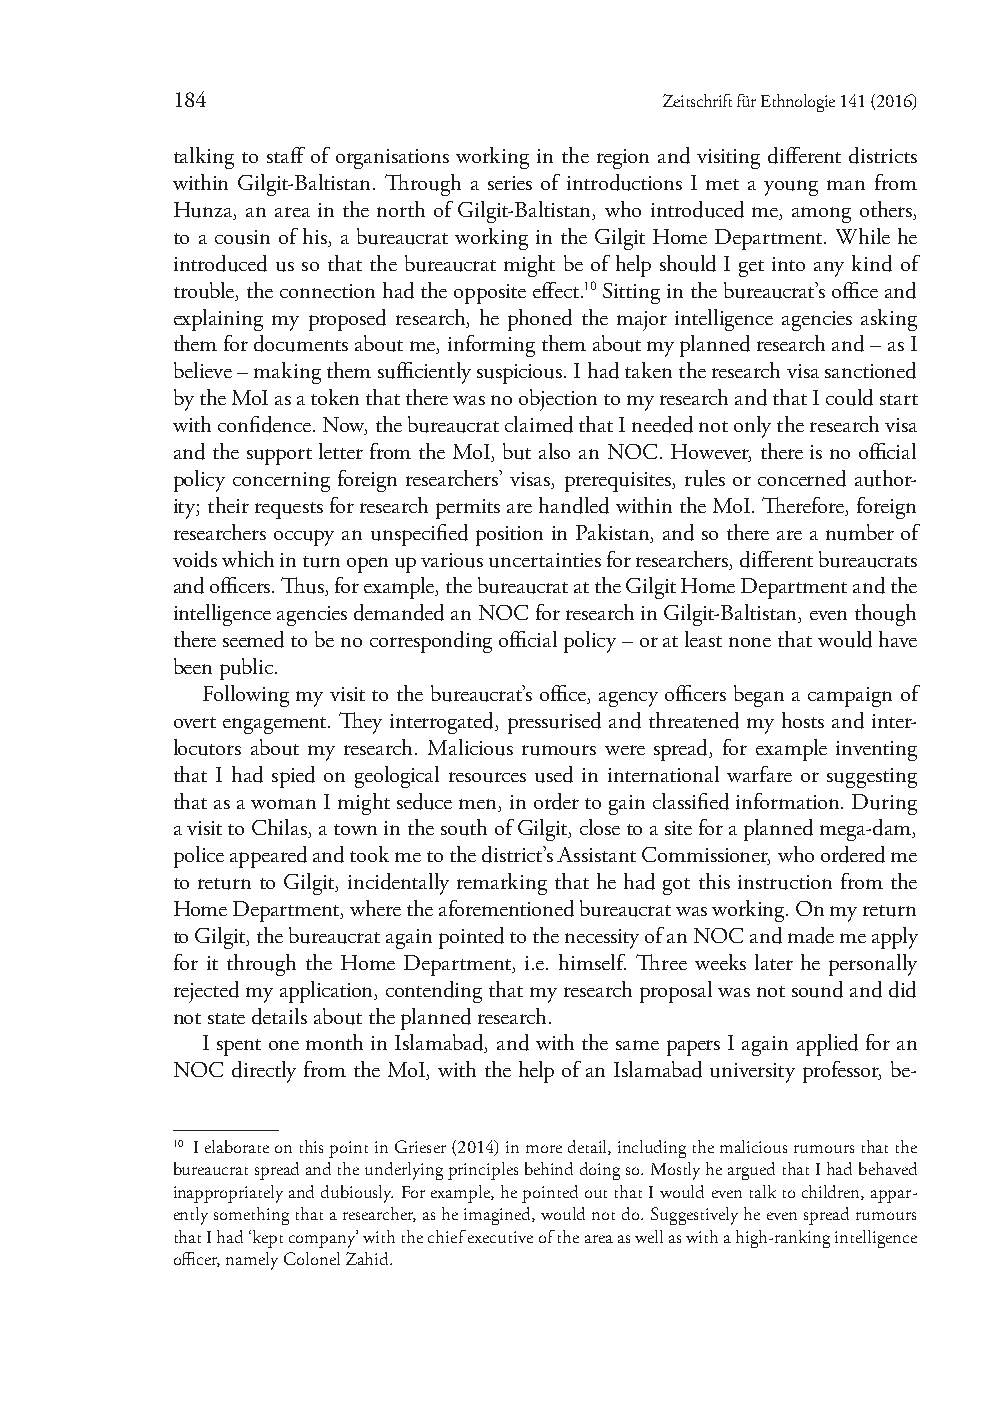
184                              Zeitschrift für Ethnologie 141 (2016)
 talking to staff of organisations working in the region and visiting different districts
 within Gilgit-Baltistan. Through a series of introductions I met a young man from
 Hunza, an area in the north of Gilgit-Baltistan, who introduced me, among others,
 to a cousin of his, a bureaucrat working in the Gilgit Home Department. While he
 introduced us so that the bureaucrat might be of help should I get into any kind of
 trouble, the connection had the opposite effect.10 Sitting in the bureaucrat’s office and
 explaining my proposed research, he phoned the major intelligence agencies asking
 them for documents about me, informing them about my planned research and – as I
 believe – making them sufficiently suspicious. I had taken the research visa sanctioned
 by the MoI as a token that there was no objection to my research and that I could start
 with confidence. Now, the bureaucrat claimed that I needed not only the research visa
 and the support letter from the MoI, but also an NOC. However, there is no official
 policy concerning foreign researchers’ visas, prerequisites, rules or concerned author-
 ity; their requests for research permits are handled within the MoI. Therefore, foreign
 researchers occupy an unspecified position in Pakistan, and so there are a number of
 voids which in turn open up various uncertainties for researchers, different bureaucrats
 and officers. Thus, for example, the bureaucrat at the Gilgit Home Department and the
 intelligence agencies demanded an NOC for research in Gilgit-Baltistan, even though
 there seemed to be no corresponding official policy – or at least none that would have
 been public.
 Following my visit to the bureaucrat’s office, agency officers began a campaign of
 overt engagement. They interrogated, pressurised and threatened my hosts and inter-
 locutors about my research. Malicious rumours were spread, for example inventing
 that I had spied on geological resources used in international warfare or suggesting
 that as a woman I might seduce men, in order to gain classified information. During
 a visit to Chilas, a town in the south of Gilgit, close to a site for a planned mega-dam,
 police appeared and took me to the district’s Assistant Commissioner, who ordered me
 to return to Gilgit, incidentally remarking that he had got this instruction from the
 Home Department, where the aforementioned bureaucrat was working. On my return
 to Gilgit, the bureaucrat again pointed to the necessity of an NOC and made me apply
 for it through the Home Department, i.e. himself. Three weeks later he personally
 rejected my application, contending that my research proposal was not sound and did
 not state details about the planned research.
 I spent one month in Islamabad, and with the same papers I again applied for an
 NOC directly from the MoI, with the help of an Islamabad university professor, be-
 10 I elaborate on this point in Grieser (2014) in more detail, including the malicious rumours that the
 bureaucrat spread and the underlying principles behind doing so. Mostly he argued that I had behaved
 inappropriately and dubiously. For example, he pointed out that I would even talk to children, appar-
 ently something that a researcher, as he imagined, would not do. Suggestively he even spread rumours
 that I had ‘kept company’ with the chief executive of the area as well as with a high-ranking intelligence
 officer, namely Colonel Zahid.